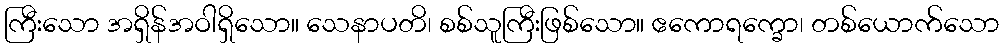
ကြီးသော အရှိန်အဝါရှိသော။ သေနာပတိ၊ စစ်သူကြီးဖြစ်သော။ ဧကောရက္ခော၊ တစ်ယောက်သော